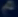
\tilde{\mu}